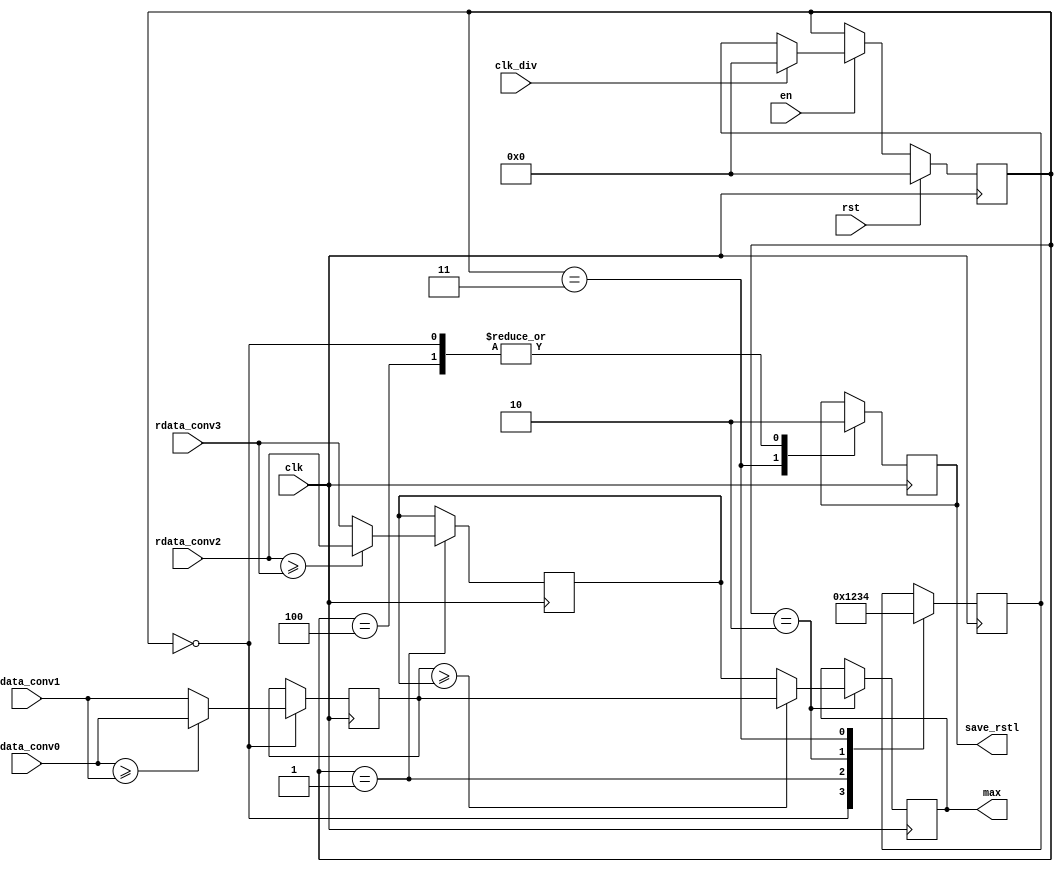
`timescale 1ns / 1ps
//////////////////////////////////////////////////////////////////////////////////
// Company: 
// Engineer: 
// 
// Design Name: 
// Module Name: maxpooling
// Project Name: 
// Target Devices: 
// Tool Versions: 
// Description: 
// 
// Dependencies: 
// 
// Revision:
// Revision 0.01 - File Created
// Additional Comments:
// 
//////////////////////////////////////////////////////////////////////////////////


module maxpooling
#(
    //MaxPooling
    parameter addressWidthConv=10, dataWidthMax=8,
    parameter s0 = 4'b0000, s1 = 4'b0001, s2 = 4'b0010, s3 = 4'b0011, s4 = 4'b0100,
    parameter s5 = 4'b0101, s6 = 4'b0110, s7 = 4'b0111, s8 = 4'b1000, s9 = 4'b1001,
    parameter s10 = 4'b1010, s11 = 4'b1011, s12 = 4'b1100, s13 = 4'b1101, s14 = 4'b1110
)
(
    input clk,
    input clk_div,
    input en,
    input rst,
    input [dataWidthMax-1:0] rdata_conv0,
    input [dataWidthMax-1:0] rdata_conv1,
    input [dataWidthMax-1:0] rdata_conv2,
    input [dataWidthMax-1:0] rdata_conv3,
    output signed [dataWidthMax-1:0]max,
    output reg save_rstl

);

    //FSM
    reg [3:0] present_state, next_state; //ok
    
    reg [dataWidthMax-1:0] max1;
    reg [dataWidthMax-1:0] max2;
    reg [dataWidthMax-1:0] max3;

    initial
    begin
        save_rstl = 0;
    end
    
    always @(posedge clk) //Present estate 
    begin
        if(rst)
        begin
            present_state = 0; 
        end
        else if(en)
        begin
            if(clk_div == 1)
            begin
                present_state <= s0;
                
            end
            else
            begin
                present_state <= next_state;
            end     
        end     
    end    

    always @(negedge clk)
    begin
        case(present_state)
            s0:
                next_state <= s1;                
            s1:
                next_state <= s2;
            s2:
                next_state <= s3;
            s3:
                next_state <= s4;                                                                                           
        endcase                
    end

    always @ (negedge clk) begin
      case (present_state)
        s0: begin
                if($signed(rdata_conv0) >= $signed(rdata_conv1))
                begin
                    max1 <= $signed(rdata_conv0);
                end
                else
                begin
                    max1 <= $signed(rdata_conv1);
                end
                save_rstl <= 0;
            end          
        s1: begin
                if($signed(rdata_conv2) >= $signed(rdata_conv3))
                begin
                    max2 <= $signed(rdata_conv2);
                end
                else
                begin
                    max2 <= $signed(rdata_conv3);
                end
            end
        s2: begin
                if($signed(max1) >= $signed(max2))
                begin
                    max3 <= $signed(max1);
                end
                else
                begin
                    max3 <= $signed(max2);
                end  
            end  
        s3: begin
                save_rstl <= 1;
            end    
        s4: begin
                save_rstl <= 0;
            end 
      endcase 
    end 

    assign max = $signed(max3);



endmodule